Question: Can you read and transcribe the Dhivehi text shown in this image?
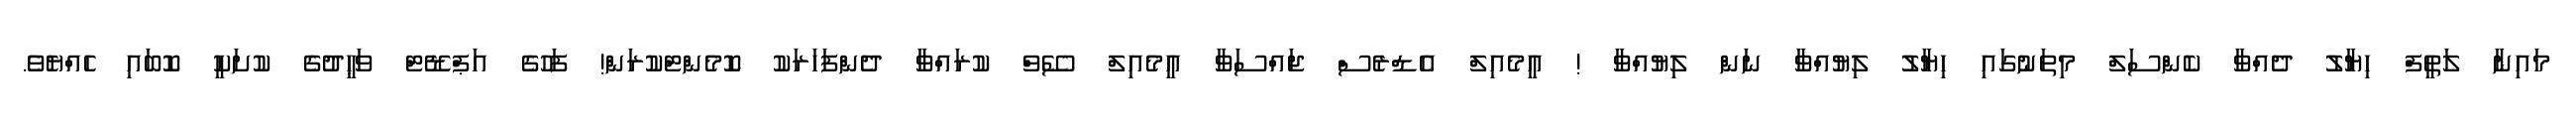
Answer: މައިނާ ލަތީފް ހިޔާލު ދެއްވާ ކެންސަލް މިތަނުގައި ހިޔާލު ލިޔުއްވާ ނަން ލިޔުއްވާ ! އީމެއިލް އެޑްރެސް ޖައްސަވާ އީމެއިލް ސޭވް ކުރައްވާ ދެންފަހަރަކު ކޮމެންޓްކުރަން! ފަހުގެ އަޕްޑޭޓް ވަޙީދުގެ ކުށަކީ ކޮބައި ހެއްޔެވެ.